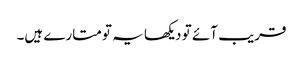
قریب آئے تو دیکھا یہ تو متارے ہیں۔